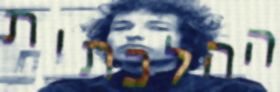
ההלכתית